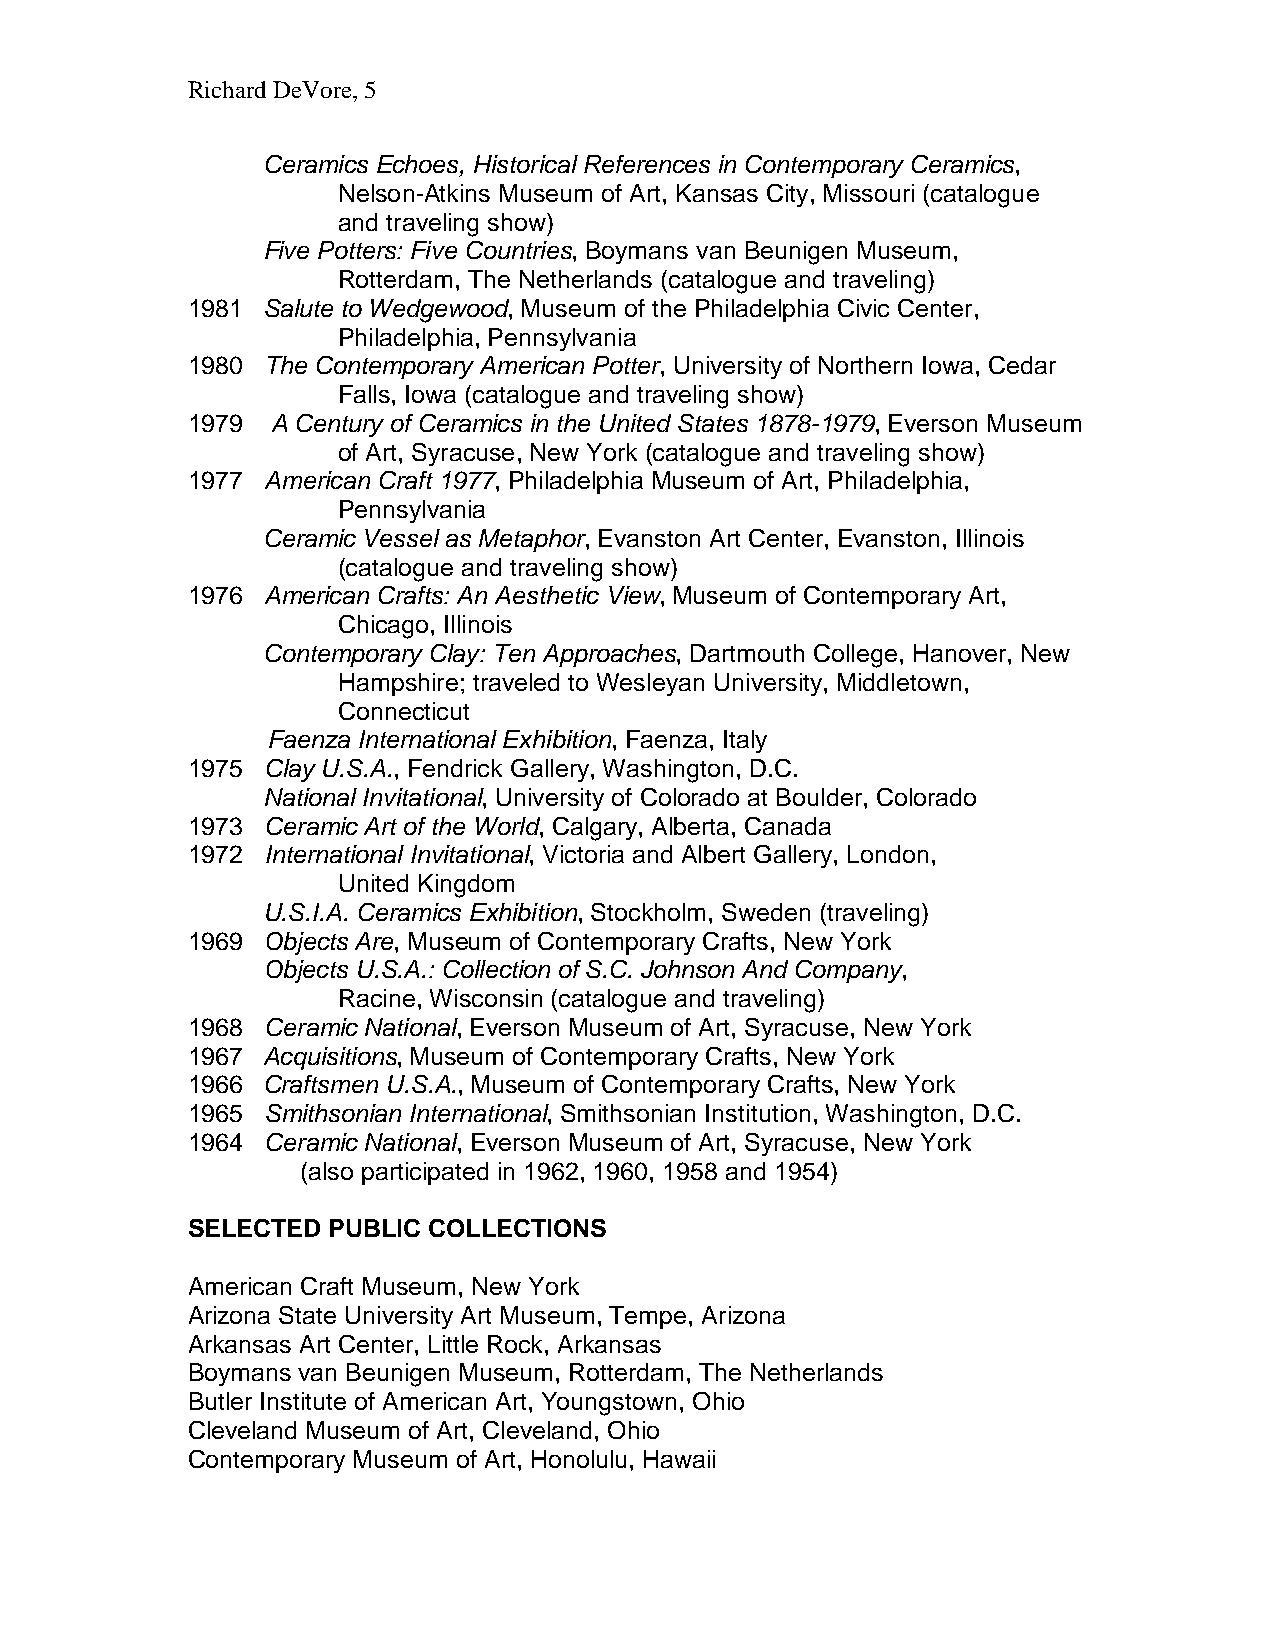
Richard DeVore, 5
 Ceramics Echoes, Historical References in Contemporary Ceramics,
 Nelson-Atkins Museum of Art, Kansas City, Missouri (catalogue
 and traveling show)
 Five Potters: Five Countries, Boymans van Beunigen Museum,
 Rotterdam, The Netherlands (catalogue and traveling)
 1981 Salute to Wedgewood, Museum of the Philadelphia Civic Center,
 Philadelphia, Pennsylvania
 1980 The Contemporary American Potter, University of Northern Iowa, Cedar
 Falls, Iowa (catalogue and traveling show)
 1979  A Century of Ceramics in the United States 1878-1979, Everson Museum
 of Art, Syracuse, New York (catalogue and traveling show)
 1977 American Craft 1977, Philadelphia Museum of Art, Philadelphia,
 Pennsylvania
 Ceramic Vessel as Metaphor, Evanston Art Center, Evanston, Illinois
 (catalogue and traveling show)
 1976 American Crafts: An Aesthetic View, Museum of Contemporary Art,
 Chicago, Illinois
 Contemporary Clay: Ten Approaches, Dartmouth College, Hanover, New
 Hampshire; traveled to Wesleyan University, Middletown,
 Connecticut
 Faenza International Exhibition, Faenza, Italy
 1975 Clay U.S.A., Fendrick Gallery, Washington, D.C.
 National Invitational, University of Colorado at Boulder, Colorado
 1973 Ceramic Art of the World, Calgary, Alberta, Canada
 1972 International Invitational, Victoria and Albert Gallery, London,
 United Kingdom
 U.S.I.A. Ceramics Exhibition, Stockholm, Sweden (traveling)
 1969 Objects Are, Museum of Contemporary Crafts, New York
 Objects U.S.A.: Collection of S.C. Johnson And Company,
 Racine, Wisconsin (catalogue and traveling)
 1968 Ceramic National, Everson Museum of Art, Syracuse, New York
 1967 Acquisitions, Museum of Contemporary Crafts, New York
 1966 Craftsmen U.S.A., Museum of Contemporary Crafts, New York
 1965 Smithsonian International, Smithsonian Institution, Washington, D.C.
 1964 Ceramic National, Everson Museum of Art, Syracuse, New York
 (also participated in 1962, 1960, 1958 and 1954)
 SELECTED  PUBLIC COLLECTIONS
 American Craft Museum, New York
 Arizona State University Art Museum, Tempe, Arizona
 Arkansas Art Center, Little Rock, Arkansas
 Boymans van Beunigen Museum, Rotterdam, The Netherlands
 Butler Institute of American Art, Youngstown, Ohio
 Cleveland Museum of Art, Cleveland, Ohio
 Contemporary Museum of Art, Honolulu, Hawaii